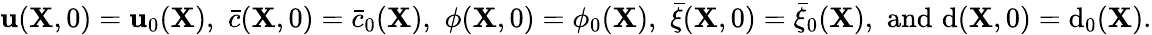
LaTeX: {\mathbf u}({\mathbf X},0)={\mathbf u}_{0}({\mathbf X}),\, \, \bar{c}({\mathbf X},0)=\bar{c}_{0}({\mathbf X}),\, \, \phi({\mathbf X},0)=\phi_{0}({\mathbf X}),\, \, \bar{\xi}({\mathbf X},0)=\bar{\xi}_{0}({\mathbf X}),\, \, \mathrm{and}\, \, \mathrm{d}({\mathbf X},0)=\mathrm{d}_{0}({\mathbf X}).